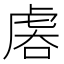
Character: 𧆱